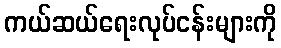
ကယ်ဆယ်ရေးလုပ်ငန်းများကို